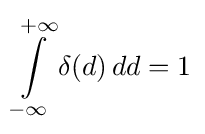
\int \limits _{-\infty }^{+\infty }\delta (d)\,dd=1